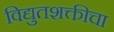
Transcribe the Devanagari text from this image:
विद्युतशक्तीचा